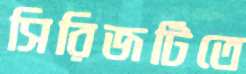
সিরিজটিতে